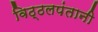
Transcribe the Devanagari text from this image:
विठ्ठलपंतानी